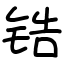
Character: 锆